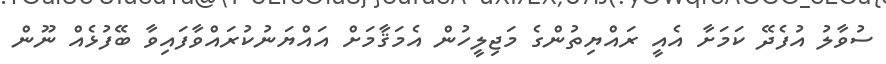
ސުވާލު އުފެދޭ ކަމަށާ އެއީ ރައްޔިތުންގެ މަޖިލީހުން އެމަޤާމަށް އައްޔަނުކުރައްވާފައިވާ ބޭފުޅެއް ނޫން